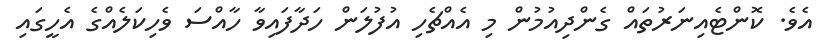
އެވެ. ކޮންޓެއިނަރުތައް ގެންދިއުމުން މި އެއްޗެހި އުފުލަން ހަދާފައިވާ ހާއްސަ ވެހިކަލެއްގެ އެހީގައި